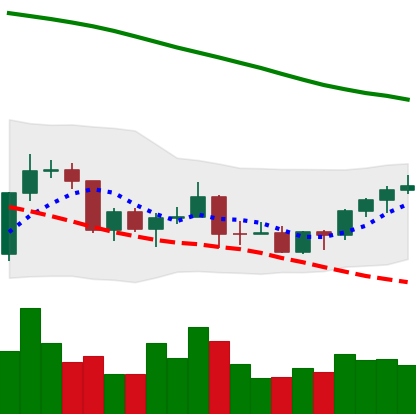
Ticker: BNB-USD
Chart end date: 2022-03-19
Forward return: 3.57%
Label: up_3_5